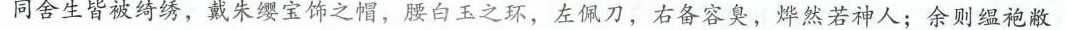
同舍生皆被绮绣，戴朱缨宝饰之帽，腰白玉之环，左佩刀，右备容臭，烨然若神人；余则缰袍敝